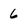
Character: 6